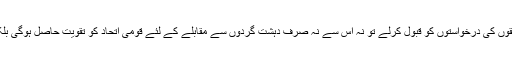
جبکہ اگر گروہ طالبان افغان امن کے عمل میں شمولیت کے لئے، مختلف حلقوں کی درخواستوں کو قبول کرلے تو نہ اس سے نہ صرف دہشت گردوں سے مقابلے کے لئے قومی اتحاد کو تقویت حاصل ہوگی بلکہ افغانستان میں امریکی فوجیوں کے باقی رہنے کا بہانہ بھی نہیں رہے گا۔